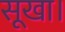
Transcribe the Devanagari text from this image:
सूखा।